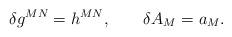
LaTeX: \begin{align*}\delta g^{MN}=h^{MN},\qquad \delta A_{M}=a_{M}.\end{align*}